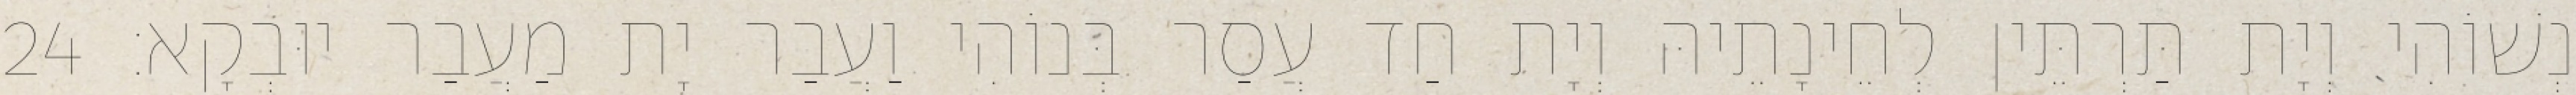
נְשׁוֹהִי וְיָת תַּרְתֵּין לְחֵינָתֵיהּ וְיָת חַד עֲסַר בְּנוֹהִי וַעֲבַר יָת מַעֲבַר יוּבְקָא׃ 24